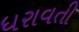
ધરાવતી